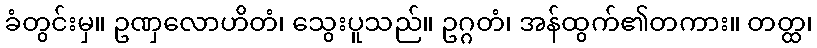
ခံတွင်းမှ။ ဥဏှလောဟိတံ၊ သွေးပူသည်။ ဥဂ္ဂတံ၊ အန်ထွက်၏တကား။ တတ္ထ၊